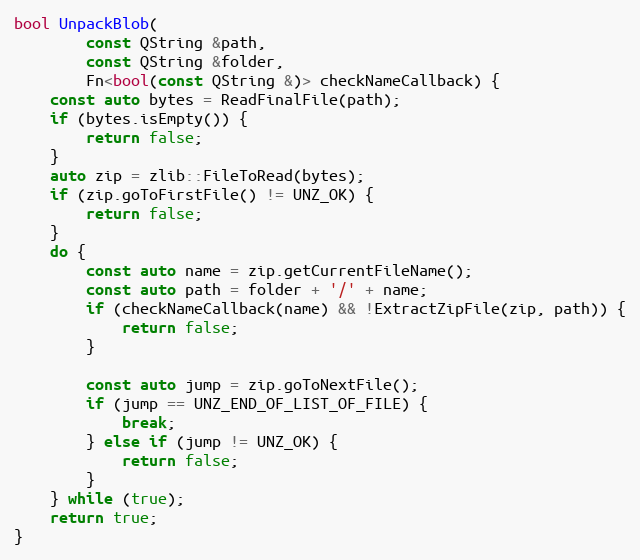
Language: C++
bool UnpackBlob(
		const QString &path,
		const QString &folder,
		Fn<bool(const QString &)> checkNameCallback) {
	const auto bytes = ReadFinalFile(path);
	if (bytes.isEmpty()) {
		return false;
	}
	auto zip = zlib::FileToRead(bytes);
	if (zip.goToFirstFile() != UNZ_OK) {
		return false;
	}
	do {
		const auto name = zip.getCurrentFileName();
		const auto path = folder + '/' + name;
		if (checkNameCallback(name) && !ExtractZipFile(zip, path)) {
			return false;
		}

		const auto jump = zip.goToNextFile();
		if (jump == UNZ_END_OF_LIST_OF_FILE) {
			break;
		} else if (jump != UNZ_OK) {
			return false;
		}
	} while (true);
	return true;
}